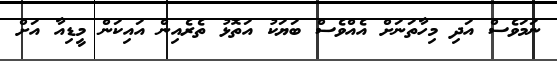
ނަމަވެސް އަދި މިހާތަނަށް އެއްވެސް ބަޔަކު އަތޮޅު ތެރެއިން އައިކަން މީޑިއާ އަށް